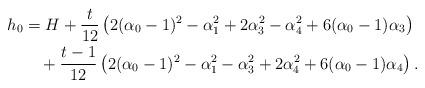
LaTeX: \begin{align*} h_0&=H+\frac t{12}\left(2(\alpha_0-1)^2-\alpha_1^2+2\alpha_3^2-\alpha_4^2+6(\alpha_0-1)\alpha_3\right)\\&\quad+\frac {t-1}{12}\left(2(\alpha_0-1)^2-\alpha_1^2-\alpha_3^2+2\alpha_4^2+6(\alpha_0-1)\alpha_4\right).\end{align*}